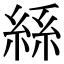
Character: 𮈔